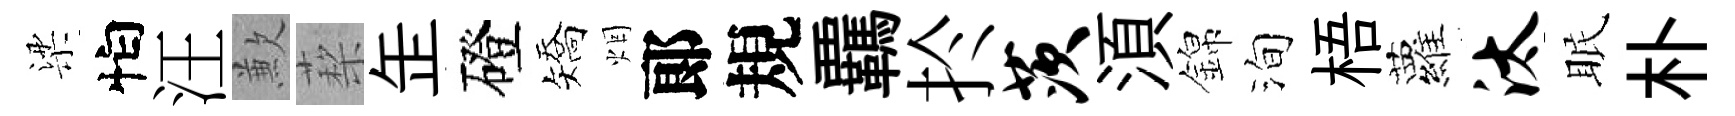
梁怕汪歉蔾𦈢磴矯烟郞規覊扵茨湏錦洵梧蘿汰眠朴